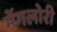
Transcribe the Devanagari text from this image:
मेंगलोरी